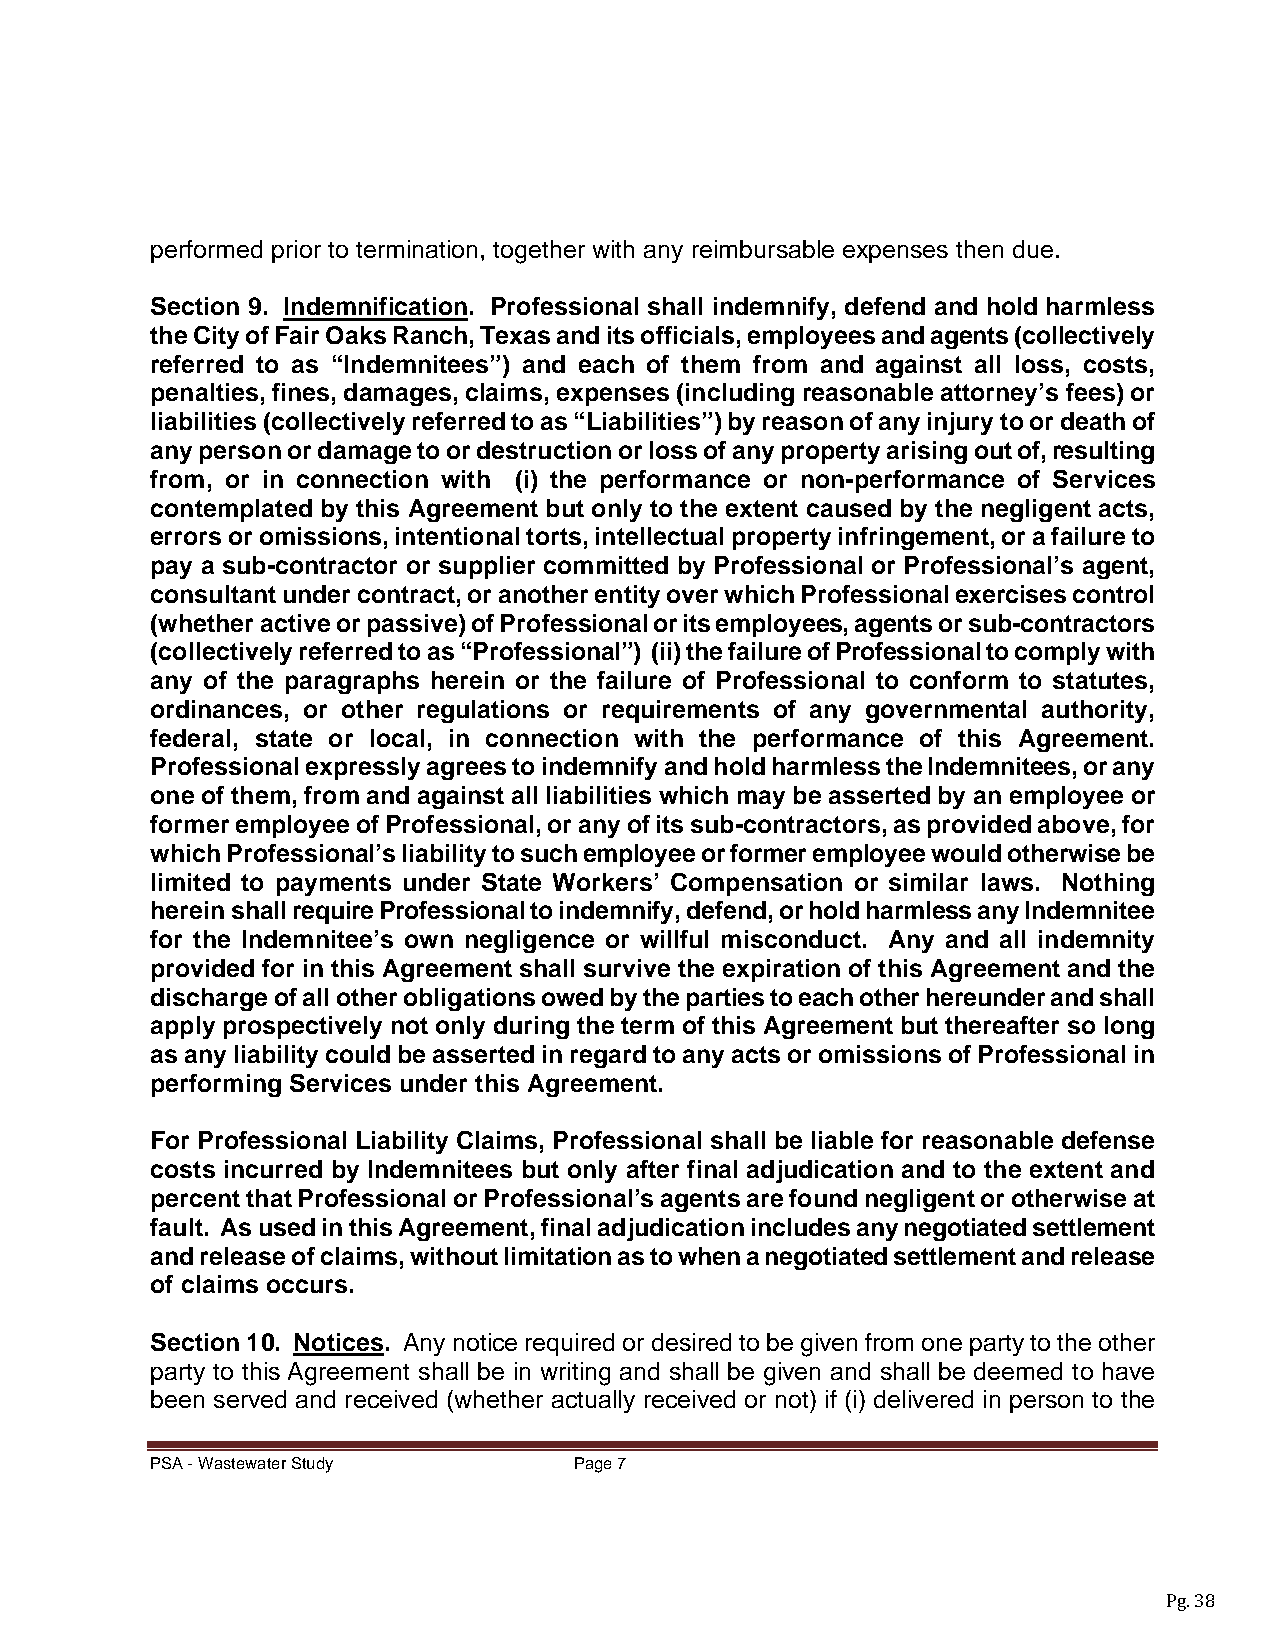
performed prior to termination, together with any reimbursable expenses then due.
 Section 9. Indemnification. Professional shall indemnify, defend and hold harmless
 the City of Fair Oaks Ranch, Texas and its officials, employees and agents (collectively
 referred to as “Indemnitees”) and each of them from and against all loss, costs,
 penalties, fines, damages, claims, expenses (including reasonable attorney’s fees) or
 liabilities (collectively referred to as “Liabilities”) by reason of any injury to or death of
 any person or damage to or destruction or loss of any property arising out of, resulting
 from, or in connection with (i) the performance or non-performance of Services
 contemplated by this Agreement but only to the extent caused by the negligent acts,
 errors or omissions, intentional torts, intellectual property infringement, or a failure to
 pay a sub-contractor or supplier committed by Professional or Professional’s agent,
 consultant under contract, or another entity over which Professional exercises control
 (whether active or passive) of Professional or its employees, agents or sub-contractors
 (collectively referred to as “Professional”) (ii) the failure of Professional to comply with
 any of the paragraphs herein or the failure of Professional to conform to statutes,
 ordinances, or other regulations or requirements of any governmental authority,
 federal, state or local, in connection with the performance of this Agreement.
 Professional expressly agrees to indemnify and hold harmless the Indemnitees, or any
 one of them, from and against all liabilities which may be asserted by an employee or
 former employee of Professional, or any of its sub-contractors, as provided above, for
 which Professional’s liability to such employee or former employee would otherwise be
 limited to payments under State Workers’ Compensation or similar laws. Nothing
 herein shall require Professional to indemnify, defend, or hold harmless any Indemnitee
 for the Indemnitee’s own negligence or willful misconduct. Any and all indemnity
 provided for in this Agreement shall survive the expiration of this Agreement and the
 discharge of all other obligations owed by the parties to each other hereunder and shall
 apply prospectively not only during the term of this Agreement but thereafter so long
 as any liability could be asserted in regard to any acts or omissions of Professional in
 performing Services under this Agreement.
 For Professional Liability Claims, Professional shall be liable for reasonable defense
 costs incurred by Indemnitees but only after final adjudication and to the extent and
 percent that Professional or Professional’s agents are found negligent or otherwise at
 fault. As used in this Agreement, final adjudication includes any negotiated settlement
 and release of claims, without limitation as to when a negotiated settlement and release
 of claims occurs.
 Section 10. Notices. Any notice required or desired to be given from one party to the other
 party to this Agreement shall be in writing and shall be given and shall be deemed to have
 been served and received (whether actually received or not) if (i) delivered in person to the
 PSA - Wastewater Study      Page 7
 Pg. 38